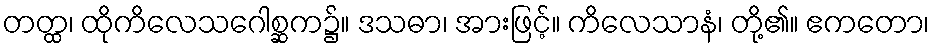
တတ္ထ၊ ထိုကိလေသဂေါစ္ဆက၌။ ဒသဓာ၊ အားဖြင့်။ ကိလေသာနံ၊ တို့၏။ ဧကတော၊